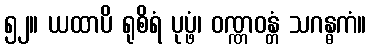
၅၂။ ယထာပိ ရုစိရံ ပုပ္ဖံ၊ ဝဏ္ဏဝန္တံ သဂန္ဓကံ။